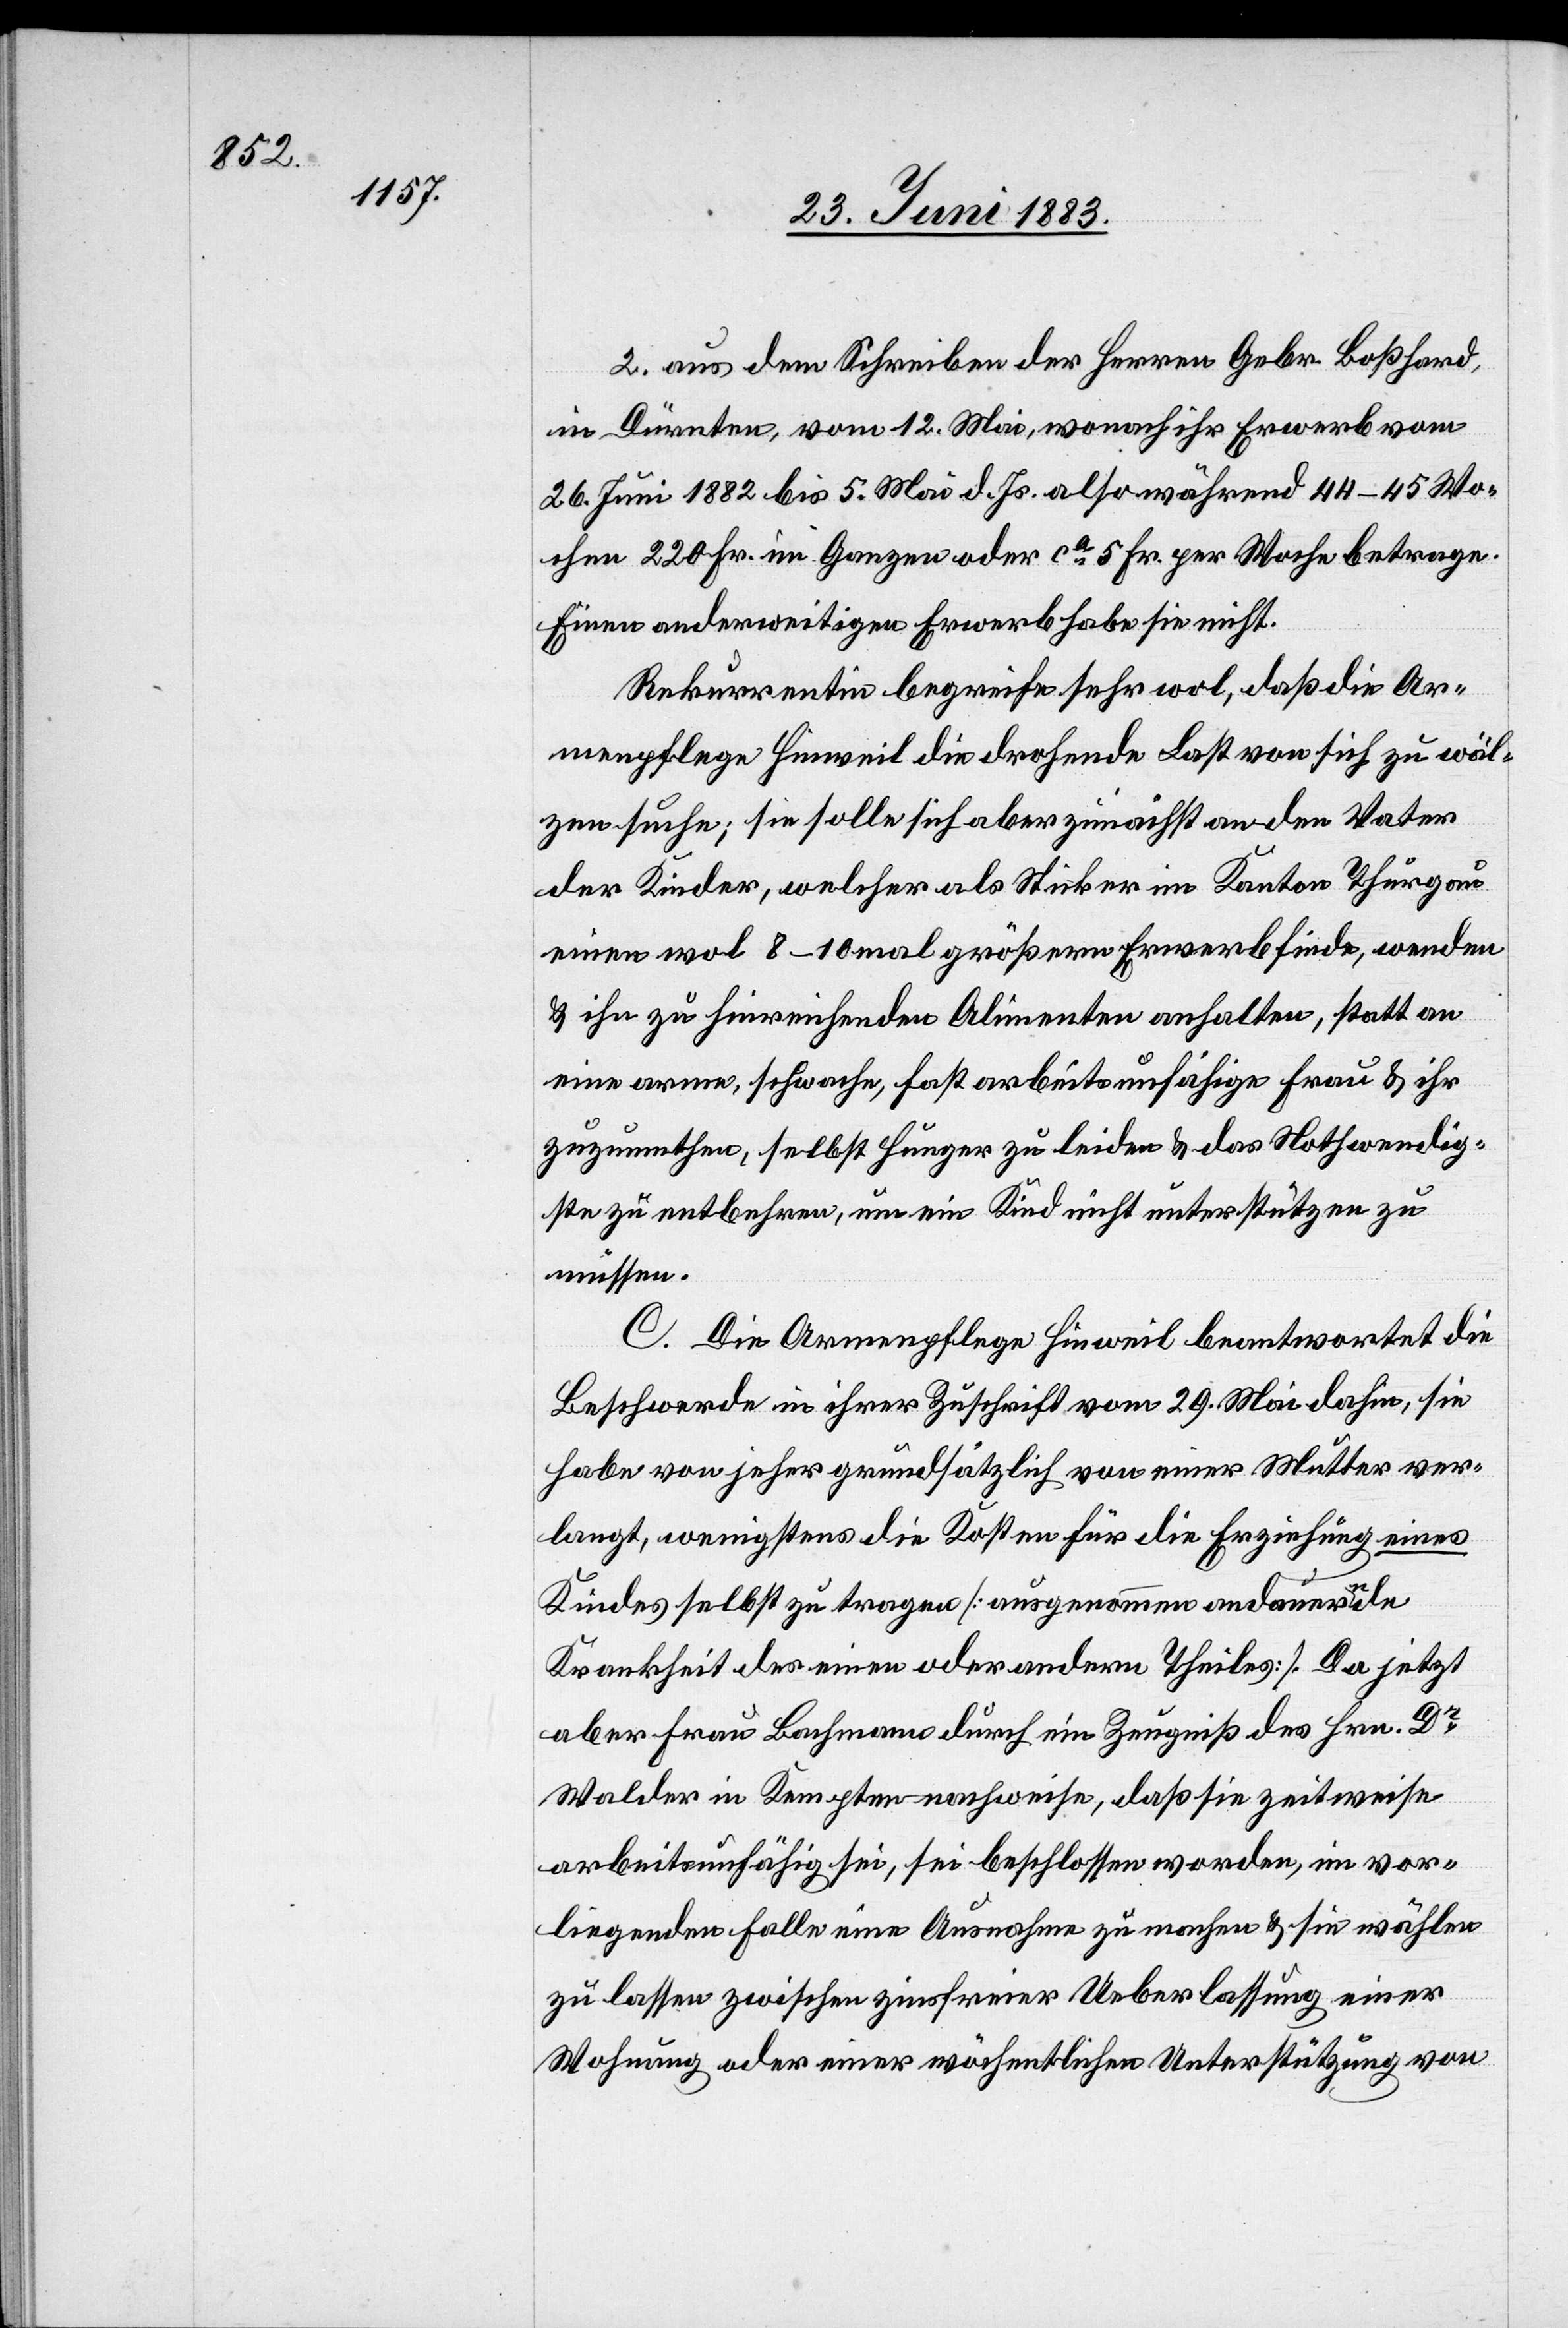
2. aus dem Schreiben der Herren Gebr. Boßhard,
in Dürnten, vom 12. Mai, wonach ihr Erwerb vom
26. Juni 1882 bis 5. Mai d. Js. also während 44–45 Wo¬
chen 220 Fr. im Ganzen oder ca 5 Fr. per Woche betrage.
Einen anderweitigen Erwerb habe sie nicht.
Rekurrentin begreife sehr wol, daß die Ar¬
menpflege Hinweil die drohende Last von sich zu wäl¬
zen suche; sie solle sich aber zunächst an den Vater
der Kinder, welcher als Sticker im Kanton Thurgau
einen wol 8–10 mal größern Erwerb finde, wenden
& ihn zu hinreichenden Alimenten anhalten, statt an
eine arme, schwache, fast arbeitsunfähige Frau & ihr
zuzumuthen, selbst Hunger zu leiden & das Nothwendig¬
ste zu entbehren, um ein Kind nicht unterstützen zu
müssen.
C. Die Armenpflege Hinweil beantwortet die
Beschwerde in ihrer Zuschrift vom 29. Mai dahin, sie
habe von jeher grundsätzlich von einer Mutter ver¬
langt, wenigstens die Kosten für die Erziehung eines
Kindes selbst zu tragen [ausgenommen andauernde
Krankheit des einen oder andern Theiles]. Da jetzt
aber Frau Bachmann durch ein Zeugniß des Hrn. Dr
Walder in Kempten nachweise, daß sie zeitweise
arbeitsunfähig sei, sei beschlossen worden, im vor¬
liegenden Falle eine Ausnahme zu machen & sie wählen
zu lassen zwischen zinsfreier Ueberlassung einer
Wohnung oder einer wöchentlichen Unterstützung von